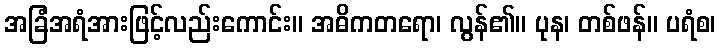
အခြံအရံအားဖြင့်လည်းကောင်း။ အဓိကတရော၊ လွန်၏။ ပုန၊ တစ်ဖန်။ ပရံစ၊